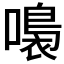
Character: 𡀮